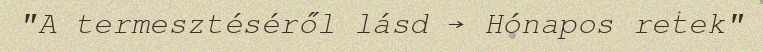
"A termesztéséről lásd → Hónapos retek"